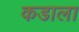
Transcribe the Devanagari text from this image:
कडाला